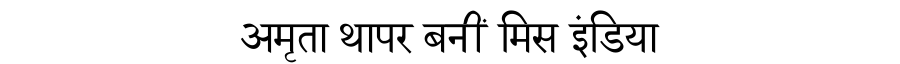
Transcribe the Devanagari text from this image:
अमृता थापर बनीं मिस इंडिया